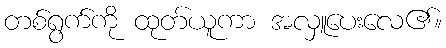
တစ်ရွက်ကို ထုတ်ယူကာ အလှူပေးလေ၏။